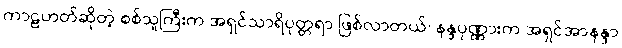
ကာဠဟတ်ဆိုတဲ့ စစ်သူကြီးက အရှင်သာရိပုတ္တရာ ဖြစ်လာတယ်၊ နန္ဒပုဏ္ဏားက အရှင်အာနန္ဒာ